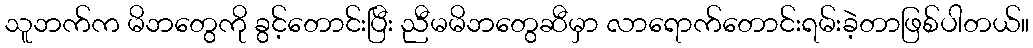
သူဘက်က မိဘတွေကို ခွင့်တောင်းပြီး ညီမမိဘတွေဆီမှာ လာရောက်တောင်းရမ်းခဲ့တာဖြစ်ပါတယ်။